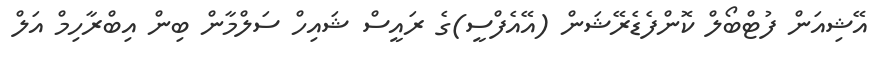
އޭޝިއަން ފުޓްބޯލް ކޮންފެޑެރޭޝަން (އޭއެފްސީ)ގެ ރައީސް ޝައިހް ސަލްމާން ބިން އިބްރާހިމް އަލް